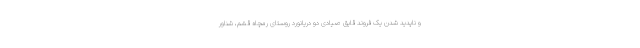
و ناپدید شدن یک فروند قایق صیادی دو دریانورد روستای رمچاه قشم، شناور